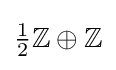
{\textstyle {\frac {1}{2}}\mathbb {Z} \oplus \mathbb {Z} }